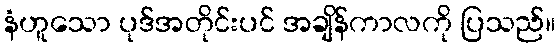
နံဟူသော ပုဒ်အတိုင်းပင် အချိန်ကာလကို ပြသည်။